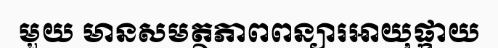
មួយ មានសមត្ថភាពពន្យារអាយុផ្កាយ